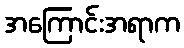
အကြောင်းအရာက